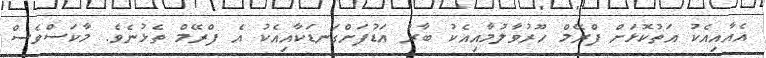
އެއާއިއެކު އަތުކޮޅަށް ފްރޭމް ހޫރުވާލުމާއިއެކު ބާރު އަޑުފަށްގަނޑަކާއިއެކު އެ ފްރޭމް ތެޅުނެވެ. މާކަސްވެސް